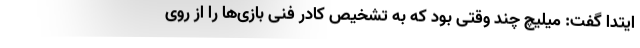
ایتدا گفت: میلیچ چند وقتی بود که به تشخیص کادر فنی بازی‌ها را از روی